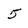
Character: 5